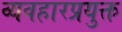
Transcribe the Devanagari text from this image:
व्यवहारप्रयुक्त